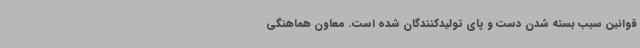
قوانین سبب بسته شدن دست و پای تولیدکنندگان شده است. معاون هماهنگی